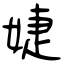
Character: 婕